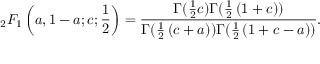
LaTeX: _ { 2 } F _ { 1 } \left( a , 1 - a ; c ; { \frac { 1 } { 2 } } \right) = { \frac { \Gamma ( { \frac { 1 } { 2 } } c ) \Gamma ( { \frac { 1 } { 2 } } \left( 1 + c \right) ) } { \Gamma ( { \frac { 1 } { 2 } } \left( c + a \right) ) \Gamma ( { \frac { 1 } { 2 } } \left( 1 + c - a \right) ) } } .